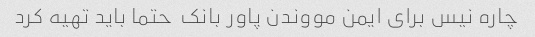
چاره نیس برای ایمن مووندن پاور بانک  حتما باید تهیه کرد